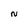
Character: N